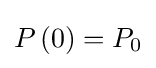
P\left(0\right)=P_{0}